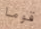
قوما